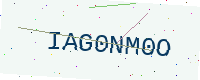
Text: IAG0NM0O